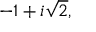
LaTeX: - 1 + i { \sqrt { 2 } } ,